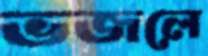
ভজলে